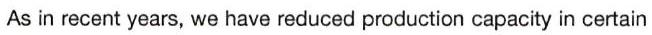
As in recent years, we have reduced production capacity in certain